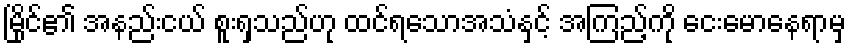
မြိုင်၏ အနည်းငယ် စူးရှသည်ဟု ထင်ရသောအသံနှင့် အကြည့်ကို ငေးမောနေရာမှ